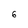
Character: 6